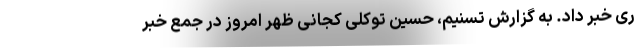
ری خبر داد. به گزارش تسنیم، حسین توکلی کجانی ظهر امروز در جمع خبر